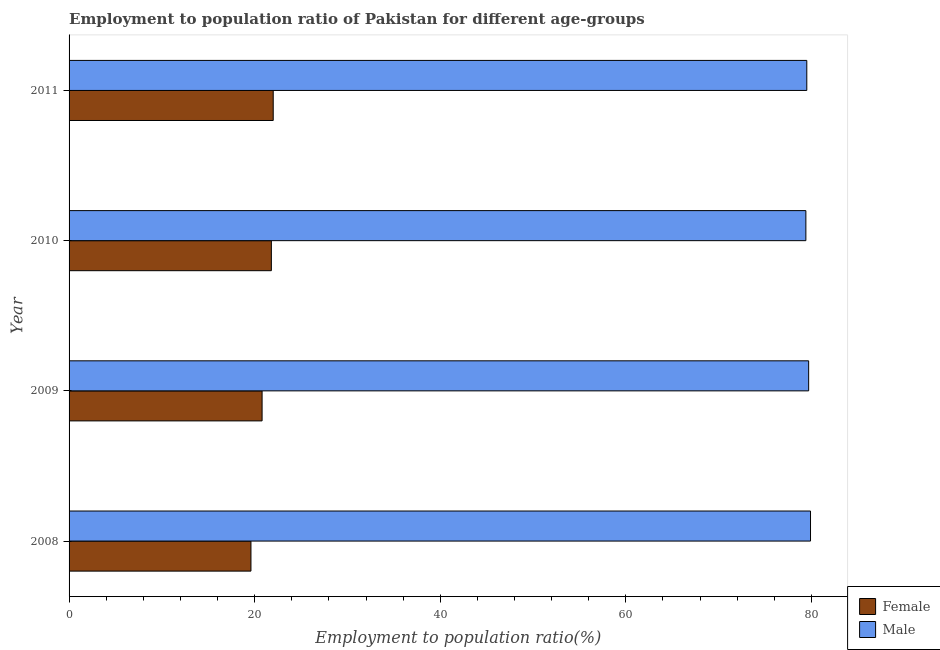
| Year | Female | Male |
 | --- | --- | --- |
 | 2008 | 19.6 | 79.9 |
 | 2009 | 20.8 | 79.7 |
 | 2010 | 21.8 | 79.4 |
 | 2011 | 22 | 79.5 |